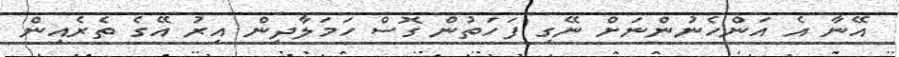
އޭނާ އެ އަންހެނުންނަށް ނޭގި ފަހަތުން ގޮސް ހަމަލާދިން އިރު އޭގެ ތެރެއިން